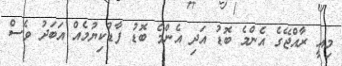
މިއީ ރާއްޖޭގެ އެންމެ ބޮޑު އަދި އެންމެ ބޮޑު ފާޑުކިޔުމެއް އަބަދު ވެސް